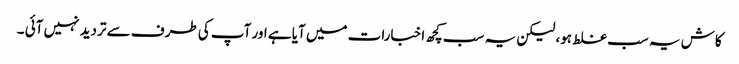
کاش یہ سب غلط ہو، لیکن یہ سب کچھ اخبارات میں آیا ہے اور آپ کی طرف سے تردید نہیں آئی ۔